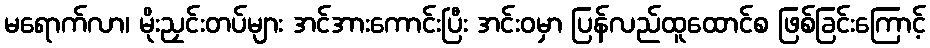
မရောက်လာ၊ မိုးညှင်းတပ်များ အင်အားကောင်းပြီး အင်းဝမှာ ပြန်လည်ထူထောင်စ ဖြစ်ခြင်းကြောင့်